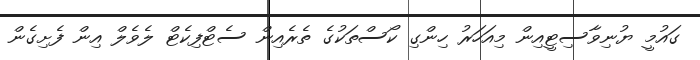
ގައުމީ ޔުނިވާސިޓީއިން މިއަހަރު ހިންގި ކޯސްތަކުގެ ތެރެއިން ސެޓްފިކެޓް ލެވެލް އިން ފެށިގެން